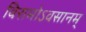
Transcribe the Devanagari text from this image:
विरामोऽवसानम्